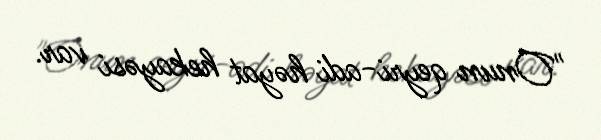
"Onun qeyri-adi həyat hekayəsi var.